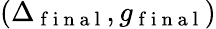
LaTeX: (\Delta_{\mathrm{~f~i~n~a~l~}},g_{\mathrm{~f~i~n~a~l~}})